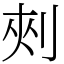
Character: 㓨